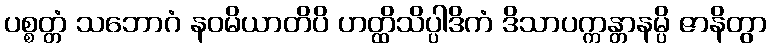
ပစ္စတ္တံ သဘောဂံ နဝမိယာတိပိ ဟတ္ထိသိပ္ပါဒိကံ ဒိသာပက္ကန္တာနမ္ပိ ဇာနိတွာ